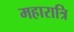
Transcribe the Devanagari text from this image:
महारात्रि